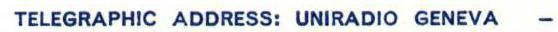
TELEGRAPHIC ADDRESS: UNIRADIO GENEVA -